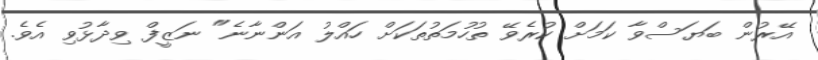
އޭރުން ބަޔަސްވާ ކަމަށް ކުރެވޭ ތުހުމަތުތަކަށް ހައްލު އަންނާނެ" ނަޒީފް ވިދާޅުވި އެވެ.